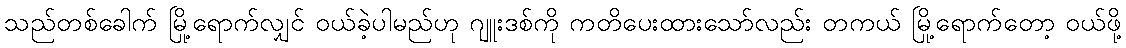
သည်တစ်ခေါက် မြို့ရောက်လျှင် ဝယ်ခဲ့ပါမည်ဟု ဂျူးဒစ်ကို ကတိပေးထားသော်လည်း တကယ် မြို့ရောက်တော့ ဝယ်ဖို့